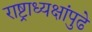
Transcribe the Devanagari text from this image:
राष्ट्राध्यक्षांपुढे